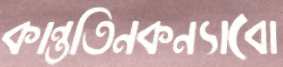
কান্ততিনকন্যাবো